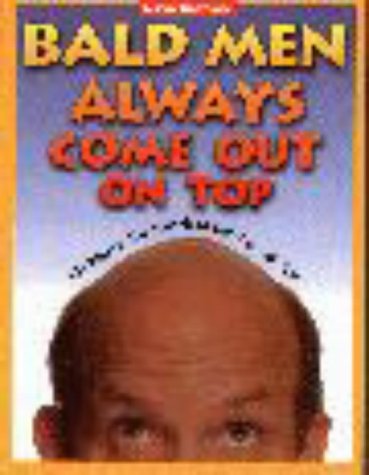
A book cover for Bald Men Always Come Out on Top: 101 Ways to Use Your Head and Win With Skin; David E. Beswick; Health, Fitness & Dieting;